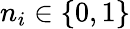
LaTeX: n_{i}\in\{ 0,1\}